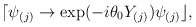
\begin{align*}\lceil \psi _{(j)}\rightarrow \exp (-i\theta _{0}Y_{(j)})\psi _{(j)}\rfloor ,\end{align*}